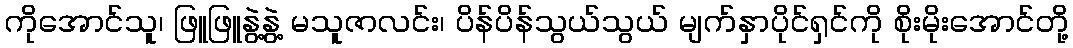
ကိုအောင်သူ၊ ဖြူဖြူနွဲ့နွဲ့ မသူဇာလင်း၊ ပိန်ပိန်သွယ်သွယ် မျက်နှာပိုင်ရှင်ကို စိုးမိုးအောင်တို့